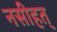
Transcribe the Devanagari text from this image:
नसीहत्